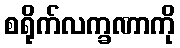
စရိုက်လက္ခဏာကို